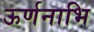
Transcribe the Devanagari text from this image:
ऊर्णनाभि